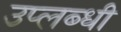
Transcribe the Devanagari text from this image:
उप्लब्धी